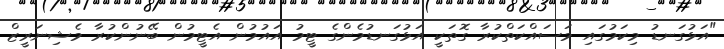
"އަޅުގަނޑު މިކަމުގައި މަސައްކަތްކުރާ ގޮތަކީ އަޅުގަނޑުމެންގެ ޓީމު އައުމުން އެޓީމުން ބޭނުންކުރާ މެޝިނަރީޒް